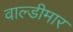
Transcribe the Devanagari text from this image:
वाल्डीमार